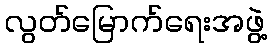
လွတ်မြောက်ရေးအဖွဲ့